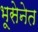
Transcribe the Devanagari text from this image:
भूसेनेत